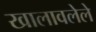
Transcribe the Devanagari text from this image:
खालावलेले